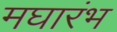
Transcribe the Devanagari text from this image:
मघारंभ